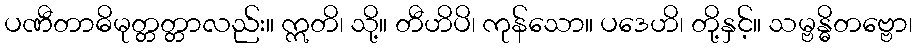
ပဏီတာဓိမုတ္တတ္တာလည်း။ ဣတိ၊ သို့။ တီဟိပိ၊ ကုန်သော။ ပဒေဟိ၊ တို့နှင့်။ သမ္ဗန္ဓိတဗ္ဗော၊